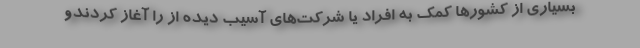
بسیاری از کشورها کمک به افراد یا شرکت‌های آسیب دیده از را آغاز کردندو